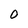
Character: 0